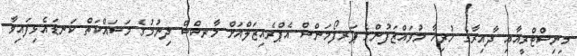
މިނިސްޓްރީއާއި ދާއިރާގެ ހުރިހާ މުވައްޒަފުންގެ ޕަރފޯމަންސް އެޕްރެއިޒަލްއަށް މާރކްސް ދިނުމުގެ މަސައްކަތް ކަނޑައެޅިފައިވާ